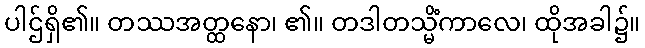
ပါဌ်ရှိ၏။ တဿအတ္ထနော၊ ၏။ တဒါတသ္မိံကာလေ၊ ထိုအခါ၌။